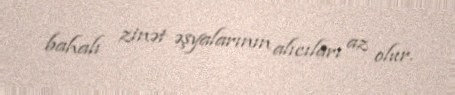
bahalı zinət əşyalarının alıcıları az olur.